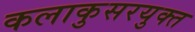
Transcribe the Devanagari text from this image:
कलाकुसरयुक्त